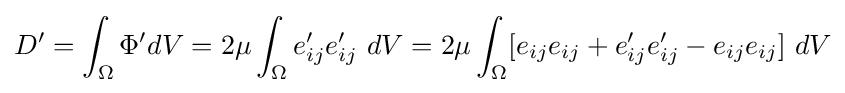
D'=\int _{\Omega }\Phi 'dV=2\mu \int _{\Omega }e_{ij}'e_{ij}'\ dV=2\mu \int _{\Omega }[e_{ij}e_{ij}+e_{ij}'e_{ij}'-e_{ij}e_{ij}]\ dV